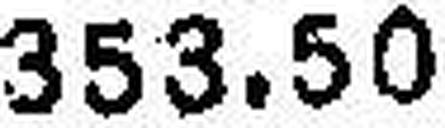
353.50